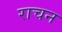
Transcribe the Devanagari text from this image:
राचन